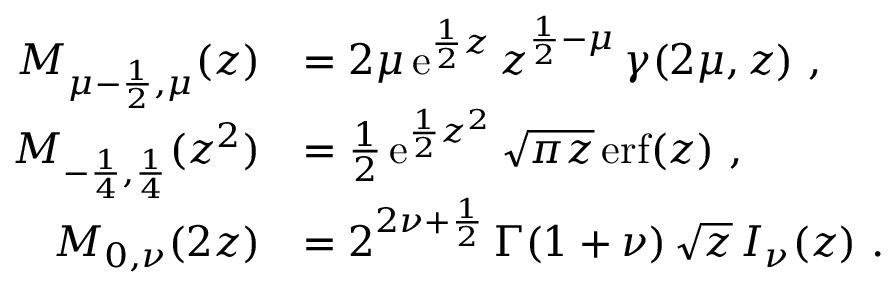
\begin{array} { r l } { M _ { \mu - \frac { 1 } { 2 } , \mu } ( z ) } & { = 2 \mu \, \mathrm { e } ^ { \frac { 1 } { 2 } z } \, z ^ { \frac { 1 } { 2 } - \mu } \, \gamma ( 2 \mu , z ) \ , } \\ { M _ { - \frac { 1 } { 4 } , \frac { 1 } { 4 } } ( z ^ { 2 } ) } & { = \frac { 1 } { 2 } \, \mathrm { e } ^ { \frac { 1 } { 2 } z ^ { 2 } } \, \sqrt { \pi z } \, \mathrm { e r f } ( z ) \ , } \\ { M _ { 0 , \nu } ( 2 z ) } & { = 2 ^ { 2 \nu + \frac { 1 } { 2 } } \, \Gamma ( 1 + \nu ) \, \sqrt { z } \, I _ { \nu } ( z ) \ . } \end{array}